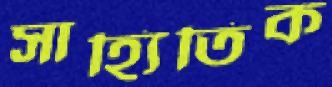
সাহ্যিতিক